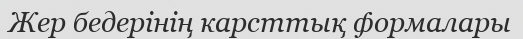
Жер бедерінің карсттық формалары